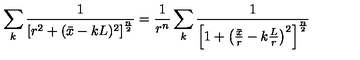
\sum _ { k } { \frac { 1 } { \left[ r ^ { 2 } + ( \bar { x } - k L ) ^ { 2 } \right] ^ { \frac { n } { 2 } } } } = { \frac { 1 } { r ^ { n } } } \sum _ { k } { \frac { 1 } { \left[ 1 + \left( { \frac { \bar { x } } { r } } - k { \frac { L } { r } } \right) ^ { 2 } \right] ^ { \frac { n } { 2 } } } }